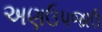
અણઉપજાઉ